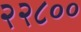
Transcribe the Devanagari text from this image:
२२८००